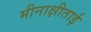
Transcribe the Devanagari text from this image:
मीनाक्षीताई